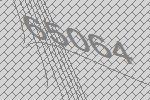
65064